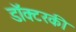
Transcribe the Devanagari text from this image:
डॉक्टरकी